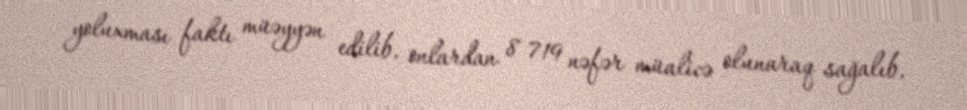
yoluxması faktı müəyyən edilib, onlardan 8 719 nəfər müalicə olunaraq sağalıb,